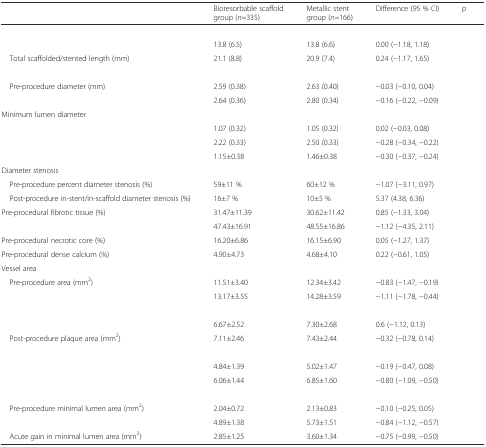
<table><thead><tr><td>[EMPTY_CELL]</td><td><b>Bioresorbable scaffold group (<i>n</i>=335)</b></td><td><b>Metallic stent group (<i>n</i>=166)</b></td><td><b>Difference (95 % CI)</b></td><td><b><i>p</i></b></td></tr></thead><tbody><tr><td>[EMPTY_CELL]</td><td>[EMPTY_CELL]</td><td>[EMPTY_CELL]</td><td>[EMPTY_CELL]</td><td>[EMPTY_CELL]</td></tr><tr><td>[EMPTY_CELL]</td><td>13.8 (6.5)</td><td>13.8 (6.6)</td><td>0.00 (−1.18, 1.18)</td><td>[EMPTY_CELL]</td></tr><tr><td> Total scaffolded/stented length (mm)</td><td>21.1 (8.8)</td><td>20.9 (7.4)</td><td>0.24 (−1.17, 1.65)</td><td>[EMPTY_CELL]</td></tr><tr><td>[EMPTY_CELL]</td><td>[EMPTY_CELL]</td><td>[EMPTY_CELL]</td><td>[EMPTY_CELL]</td><td>[EMPTY_CELL]</td></tr><tr><td> Pre-procedure diameter (mm)</td><td>2.59 (0.38)</td><td>2.63 (0.40)</td><td>−0.03 (−0.10, 0.04)</td><td>[EMPTY_CELL]</td></tr><tr><td>[EMPTY_CELL]</td><td>2.64 (0.36)</td><td>2.80 (0.34)</td><td>−0.16 (−0.22, −0.09)</td><td>[EMPTY_CELL]</td></tr><tr><td>Minimum lumen diameter</td><td>[EMPTY_CELL]</td><td>[EMPTY_CELL]</td><td>[EMPTY_CELL]</td><td>[EMPTY_CELL]</td></tr><tr><td>[EMPTY_CELL]</td><td>1.07 (0.32)</td><td>1.05 (0.32)</td><td>0.02 (−0.03, 0.08)</td><td>[EMPTY_CELL]</td></tr><tr><td>[EMPTY_CELL]</td><td>2.22 (0.33)</td><td>2.50 (0.33)</td><td>−0.28 (−0.34, −0.22)</td><td>[EMPTY_CELL]</td></tr><tr><td>[EMPTY_CELL]</td><td>1.15±0.38</td><td>1.46±0.38</td><td>−0.30 (−0.37, −0.24)</td><td>[EMPTY_CELL]</td></tr><tr><td>Diameter stenosis</td><td>[EMPTY_CELL]</td><td>[EMPTY_CELL]</td><td>[EMPTY_CELL]</td><td>[EMPTY_CELL]</td></tr><tr><td> Pre-procedure percent diameter stenosis (%)</td><td>59±11 %</td><td>60±12 %</td><td>−1.07 (−3.11, 0.97)</td><td>[EMPTY_CELL]</td></tr><tr><td> Post-procedure in-stent/in-scaffold diameter stenosis (%)</td><td>16±7 %</td><td>10±5 %</td><td>5.37 (4.38, 6.36)</td><td>[EMPTY_CELL]</td></tr><tr><td>Pre-procedural fibrotic tissue (%)</td><td>31.47±11.39</td><td>30.62±11.42</td><td>0.85 (−1.33, 3.04)</td><td>[EMPTY_CELL]</td></tr><tr><td>[EMPTY_CELL]</td><td>47.43±16.91</td><td>48.55±16.86</td><td>−1.12 (−4.35, 2.11)</td><td>[EMPTY_CELL]</td></tr><tr><td>Pre-procedural necrotic core (%)</td><td>16.20±6.86</td><td>16.15±6.90</td><td>0.05 (−1.27, 1.37)</td><td>[EMPTY_CELL]</td></tr><tr><td>Pre-procedural dense calcium (%)</td><td>4.90±4.73</td><td>4.68±4.10</td><td>0.22 (−0.61, 1.05)</td><td>[EMPTY_CELL]</td></tr><tr><td>Vessel area</td><td>[EMPTY_CELL]</td><td>[EMPTY_CELL]</td><td>[EMPTY_CELL]</td><td>[EMPTY_CELL]</td></tr><tr><td> Pre-procedure area (mm<sup>2</sup>)</td><td>11.51±3.40</td><td>12.34±3.42</td><td>−0.83 (−1.47, −0.19)</td><td>[EMPTY_CELL]</td></tr><tr><td>[EMPTY_CELL]</td><td>13.17±3.55</td><td>14.28±3.59</td><td>−1.11 (−1.78, −0.44)</td><td>[EMPTY_CELL]</td></tr><tr><td>[EMPTY_CELL]</td><td>[EMPTY_CELL]</td><td>[EMPTY_CELL]</td><td>[EMPTY_CELL]</td><td>[EMPTY_CELL]</td></tr><tr><td>[EMPTY_CELL]</td><td>6.67±2.52</td><td>7.30±2.68</td><td>0.6 (−1.12, 0.13)</td><td>[EMPTY_CELL]</td></tr><tr><td> Post-procedure plaque area (mm<sup>2</sup>)</td><td>7.11±2.46</td><td>7.43±2.44</td><td>−0.32 (−0.78, 0.14)</td><td>[EMPTY_CELL]</td></tr><tr><td>[EMPTY_CELL]</td><td>[EMPTY_CELL]</td><td>[EMPTY_CELL]</td><td>[EMPTY_CELL]</td><td>[EMPTY_CELL]</td></tr><tr><td>[EMPTY_CELL]</td><td>4.84±1.39</td><td>5.02±1.47</td><td>−0.19 (−0.47, 0.08)</td><td>[EMPTY_CELL]</td></tr><tr><td>[EMPTY_CELL]</td><td>6.06±1.44</td><td>6.85±1.60</td><td>−0.80 (−1.09, −0.50)</td><td>[EMPTY_CELL]</td></tr><tr><td>[EMPTY_CELL]</td><td>[EMPTY_CELL]</td><td>[EMPTY_CELL]</td><td>[EMPTY_CELL]</td><td>[EMPTY_CELL]</td></tr><tr><td> Pre-procedure minimal lumen area (mm<sup>2</sup>)</td><td>2.04±0.72</td><td>2.13±0.83</td><td>−0.10 (−0.25, 0.05)</td><td>[EMPTY_CELL]</td></tr><tr><td>[EMPTY_CELL]</td><td>4.89±1.38</td><td>5.73±1.51</td><td>−0.84 (−1.12, −0.57)</td><td>[EMPTY_CELL]</td></tr><tr><td> Acute gain in minimal lumen area (mm<sup>2</sup>)</td><td>2.85±1.25</td><td>3.60±1.34</td><td>−0.75 (−0.99, −0.50)</td><td>[EMPTY_CELL]</td></tr></tbody></table>